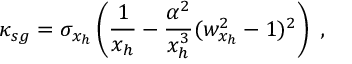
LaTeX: \kappa _ { s g } = \sigma _ { x _ { h } } \left( \frac { 1 } { x _ { h } } - \frac { \alpha ^ { 2 } } { x _ { h } ^ { 3 } } ( w _ { x _ { h } } ^ { 2 } - 1 ) ^ { 2 } \right) \ ,